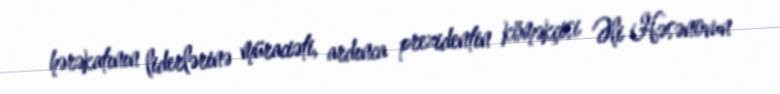
hərəkatının liderlərinə müraciəti, ardınca prezidentin köməkçisi Əli Həsənovun